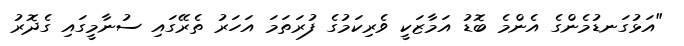
"އަޅުގަނޑުމެންގެ އެންމެ ބޮޑު އަމާޒަކީ ވެރިކަމުގެ ފުރަތަމަ އަހަރު ތެރޭގައި ސުނާމީގައި ގެދޮރު